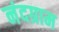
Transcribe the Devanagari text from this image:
नंदग्राम